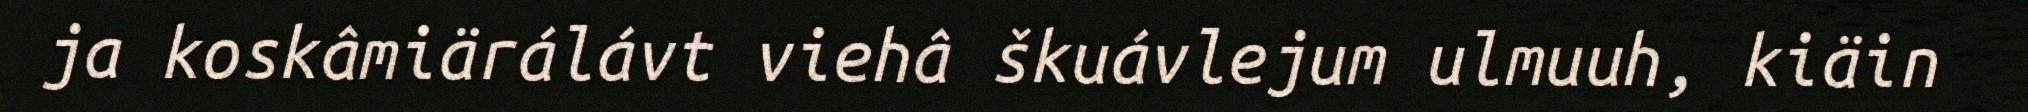
ja koskâmiärálávt viehâ škuávlejum ulmuuh, kiäin